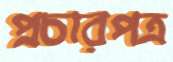
প্রচারপত্র